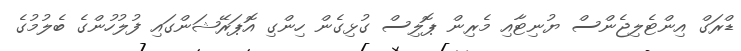
ޑްރަގް އިންޓެލިޖެންސް ޔުނިޓާއި މެރިން ޕޮލިސް ގުޅިގެން ހިންގި އޮޕަރޭޝަންގައި ފުލުހުންގެ ބެލުމުގެ